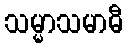
သမ္မာသမာဓီ